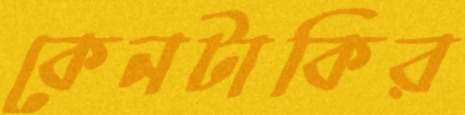
কেনটাকির